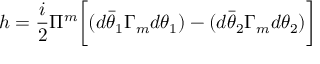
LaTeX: h = { \frac { i } { 2 } } \Pi ^ { m } \biggl [ ( d \bar { \theta } _ { 1 } \Gamma _ { m } d \theta _ { 1 } ) - ( d \bar { \theta } _ { 2 } \Gamma _ { m } d \theta _ { 2 } ) \biggr ]